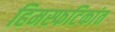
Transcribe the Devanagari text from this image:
हिमस्फटिकांत